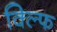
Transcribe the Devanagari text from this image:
क्ल्फि